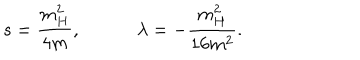
LaTeX: s = \frac { m _ { H } ^ { 2 } } { 4 m } , \quad \quad \quad \lambda = - \frac { m _ { H } ^ { 2 } } { 1 6 m ^ { 2 } } .